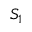
S _ { 1 }